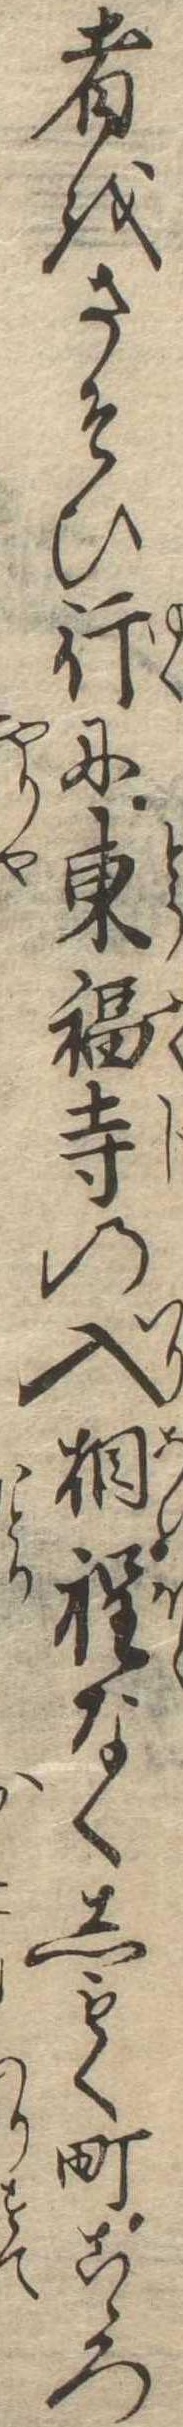
者をさそひ行に東福寺の入相程なくしもく町こゝろ